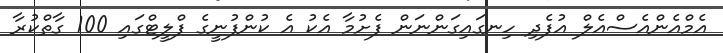
އެމްއެންއެސްއެލް އުފެދި ހިނގައިގަންނަން ފެށުމާ އެކު އެ ކުންފުނީގެ ފްލީޓްގައި 100 ގާތްކުރާ